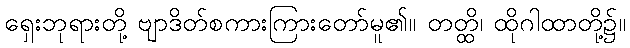
ရှေးဘုရားတို့ ဗျာဒိတ်စကားကြားတော်မူ၏။ တတ္ထိ၊ ထိုဂါထာတို့၌။